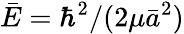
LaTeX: \bar{E}=\hbar^{2}/(2\mu\bar{a}^{2})